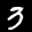
Label: 3